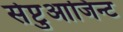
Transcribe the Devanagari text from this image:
सेप्टुआजिन्ट